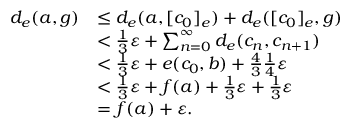
\begin{array} { r l } { d _ { e } ( a , g ) } & { \leq d _ { e } ( a , [ c _ { 0 } ] _ { e } ) + d _ { e } ( [ c _ { 0 } ] _ { e } , g ) } \\ & { < \frac { 1 } { 3 } \varepsilon + \sum _ { n = 0 } ^ { \infty } d _ { e } ( c _ { n } , c _ { n + 1 } ) } \\ & { < \frac { 1 } { 3 } \varepsilon + e ( c _ { 0 } , b ) + \frac { 4 } { 3 } \frac { 1 } { 4 } \varepsilon } \\ & { < \frac { 1 } { 3 } \varepsilon + f ( a ) + \frac { 1 } { 3 } \varepsilon + \frac { 1 } { 3 } \varepsilon } \\ & { = f ( a ) + \varepsilon . } \end{array}